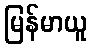
မြန်မာယူ